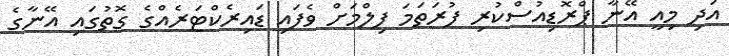
އަދި މިއީ އޭނާ ޕްރޮޑިއުސްކުރި ފުރަތަމަ ފިލްމަށް ވެފައި ޑައިރެކްޓަރެއްގެ ގޮތުގައި އޭނާގެ